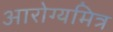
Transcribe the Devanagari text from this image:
आरोग्यमित्र